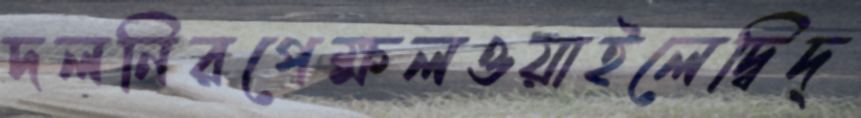
দলনিরপেক্ষলওয়াইলেদ্বিদ্